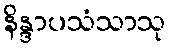
နိန္ဒာပသံသာသု